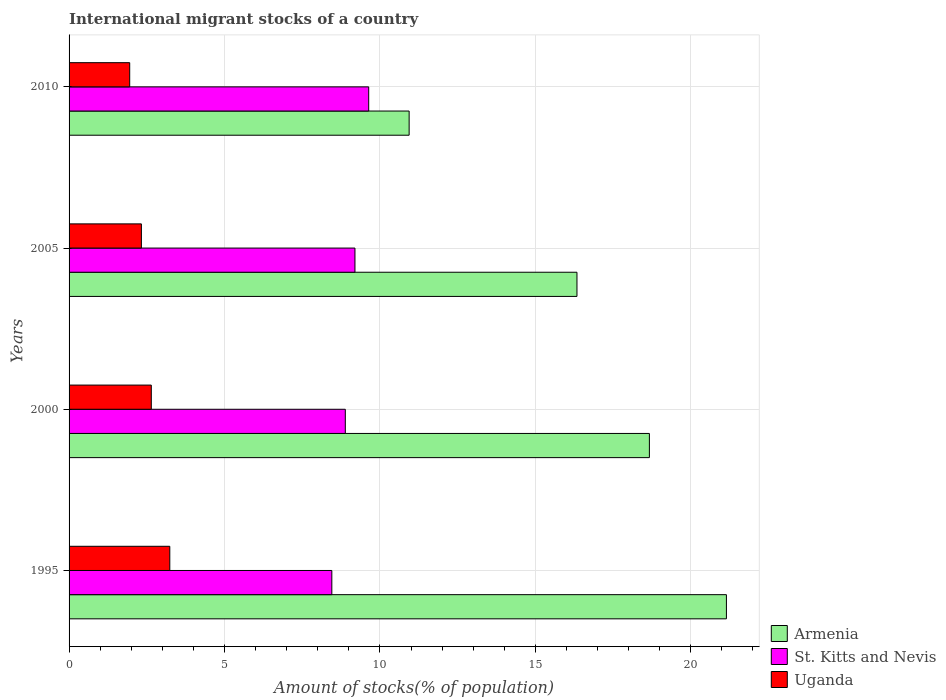
| Years | Armenia | St. Kitts and Nevis | Uganda |
 | --- | --- | --- | --- |
 | 1995 | 21.1 | 8.45 | 3.24 |
 | 2000 | 18.7 | 8.89 | 2.65 |
 | 2005 | 16.3 | 9.2 | 2.33 |
 | 2010 | 10.9 | 9.64 | 1.95 |